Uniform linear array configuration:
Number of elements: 4
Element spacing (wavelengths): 1
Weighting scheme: binomial
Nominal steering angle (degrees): -60
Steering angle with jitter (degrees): -58.372
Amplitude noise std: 0.05
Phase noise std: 0.05

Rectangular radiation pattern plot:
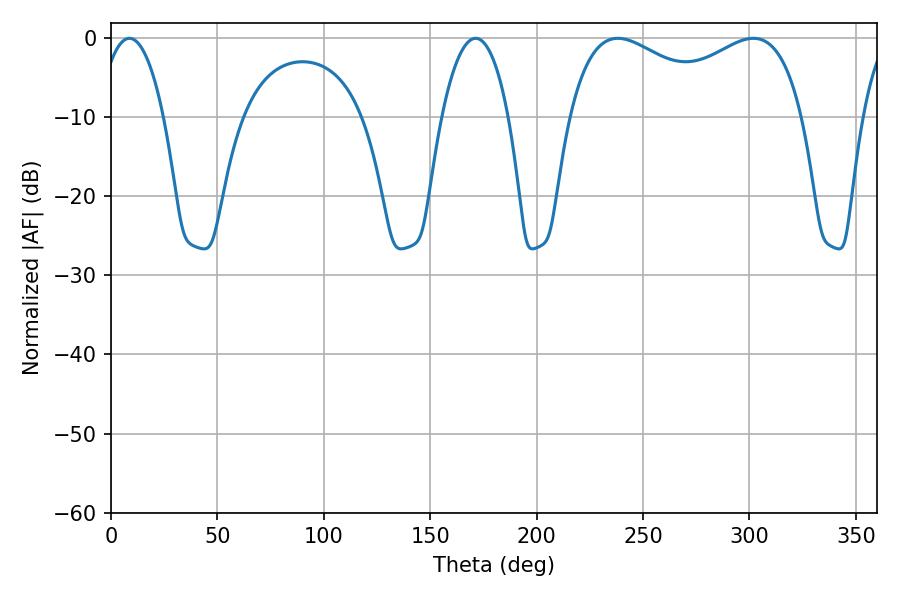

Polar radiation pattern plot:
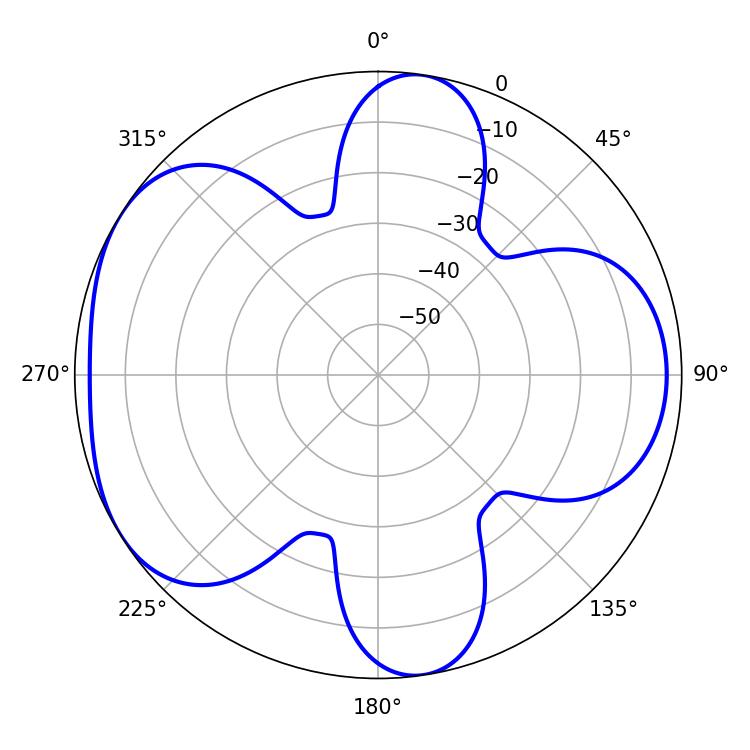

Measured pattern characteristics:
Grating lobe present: TRUE
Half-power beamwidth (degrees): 91.44
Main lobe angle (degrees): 238.14